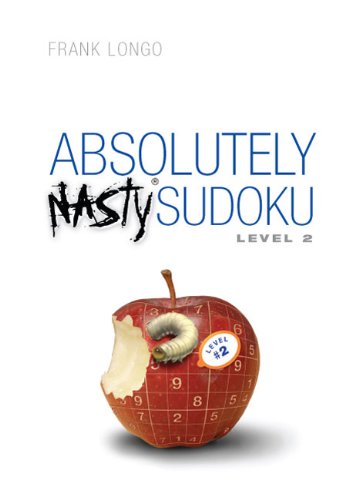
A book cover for Absolutely Nasty Sudoku Level 2; Frank Longo; Humor & Entertainment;